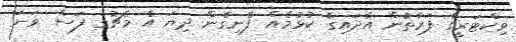
ވިކްޓަރީގެ ފަރާތުން އާދައިގެ ކުޅުމެއް ފެނިގެން ދިޔަ އެ މެޗުގެ ފަސް ވަނަ